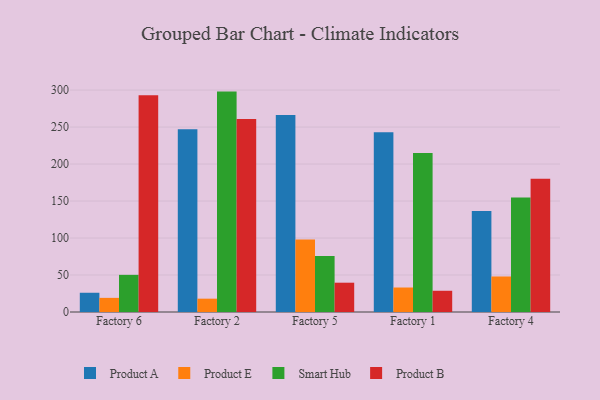
{"axis": {"x": "Factory", "y": "Gross Profit (USD K)"}, "legend": ["Product A", "Product B", "Product E", "Smart Hub"], "data": [{"x": "Factory 6", "y": 26.0, "type": "Product A"}, {"x": "Factory 6", "y": 19.1, "type": "Product E"}, {"x": "Factory 6", "y": 50.2, "type": "Smart Hub"}, {"x": "Factory 6", "y": 292.9, "type": "Product B"}, {"x": "Factory 2", "y": 247.1, "type": "Product A"}, {"x": "Factory 2", "y": 18.0, "type": "Product E"}, {"x": "Factory 2", "y": 297.9, "type": "Smart Hub"}, {"x": "Factory 2", "y": 260.7, "type": "Product B"}, {"x": "Factory 5", "y": 266.2, "type": "Product A"}, {"x": "Factory 5", "y": 98.1, "type": "Product E"}, {"x": "Factory 5", "y": 75.6, "type": "Smart Hub"}, {"x": "Factory 5", "y": 39.6, "type": "Product B"}, {"x": "Factory 1", "y": 243.0, "type": "Product A"}, {"x": "Factory 1", "y": 33.1, "type": "Product E"}, {"x": "Factory 1", "y": 215.0, "type": "Smart Hub"}, {"x": "Factory 1", "y": 28.7, "type": "Product B"}, {"x": "Factory 4", "y": 136.6, "type": "Product A"}, {"x": "Factory 4", "y": 48.0, "type": "Product E"}, {"x": "Factory 4", "y": 154.6, "type": "Smart Hub"}, {"x": "Factory 4", "y": 180.1, "type": "Product B"}]}